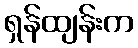
ရှန်ထျန်းက